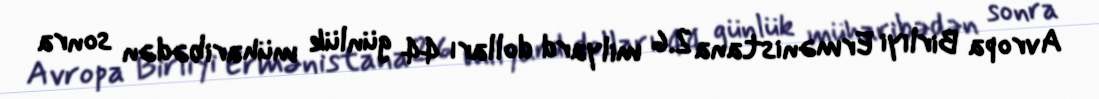
Avropa Birliyi Ermənistana 2.6 milyard dolları 44 günlük müharibədən sonra